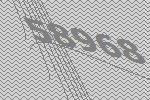
58968